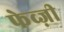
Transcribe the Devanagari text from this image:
फेव्ज़ी